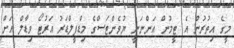
މީގެ އިތުރުން އެ ޓީމުން އަންނަނީ ޔުވެންޓަސްގެ މިޑްފީލްޑަރު އަރުޓޯ ވިޑާލް އަށް